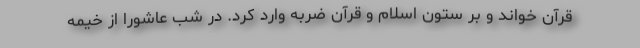
قرآن خواند و بر ستون اسلام و قرآن ضربه وارد کرد. در شب عاشورا از خیمه